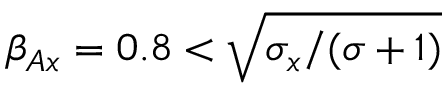
\beta _ { A x } = 0 . 8 < \sqrt { \sigma _ { x } / ( \sigma + 1 ) }